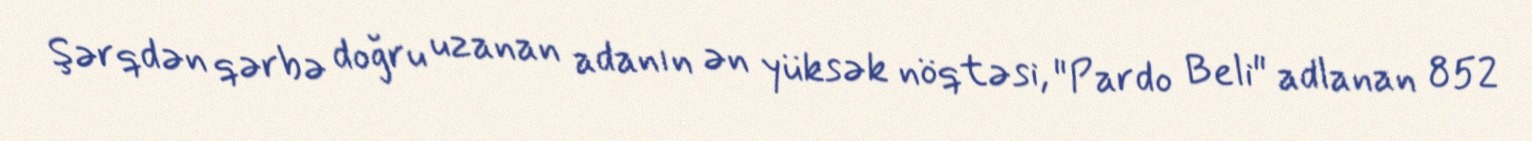
Şərqdən qərbə doğru uzanan adanın ən yüksək nöqtəsi, "Pardo Beli" adlanan 852